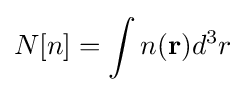
N[n]=\int n(\mathbf {r} )d^{3}r